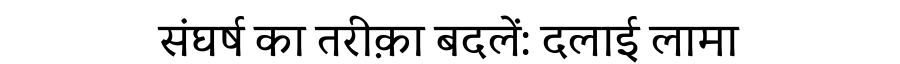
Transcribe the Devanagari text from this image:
संघर्ष का तरीक़ा बदलें: दलाई लामा